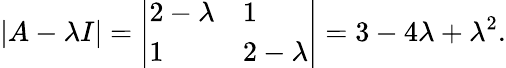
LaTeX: |A-\lambda I|={\left|\begin{array}{ll}{2-\lambda}&{1}\\ {1}&{2-\lambda}\end{array}\right|}=3-4\lambda+\lambda^{2}.